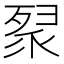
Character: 𭮚